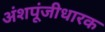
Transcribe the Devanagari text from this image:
अंशपूंजीधारक